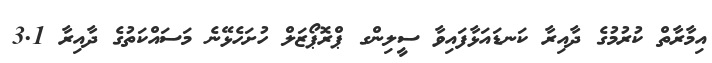
އިމާރާތް ކުރުމުގެ ދާއިރާ ކަނޑައަޅާފައިވާ ސީލިންގ ޕްރޮޕޯޒަލް ހުށަހެޅޭނެ މަސައްކަތުގެ ދާއިރާ 3.1